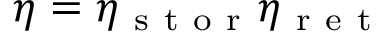
\eta = \eta _ { \mathrm { ~ s ~ t ~ o ~ r ~ } } \eta _ { \mathrm { ~ r ~ e ~ t ~ } }